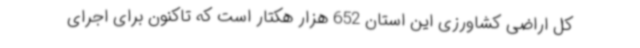
کل اراضی کشاورزی این استان 652 هزار هکتار است که تاکنون برای اجرای